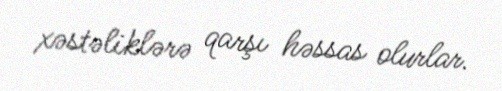
xəstəliklərə qarşı həssas olurlar.